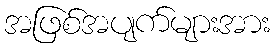
အဖြစ်အပျက်များအား